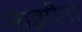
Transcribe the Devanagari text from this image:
नाझीना